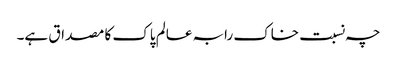
چہ نسبت خاک رابہ عالم پاک کا مصداق ہے۔